King Institute of Preventive Medicine Micro-Biological Section reports 1909-11
Year: 1909
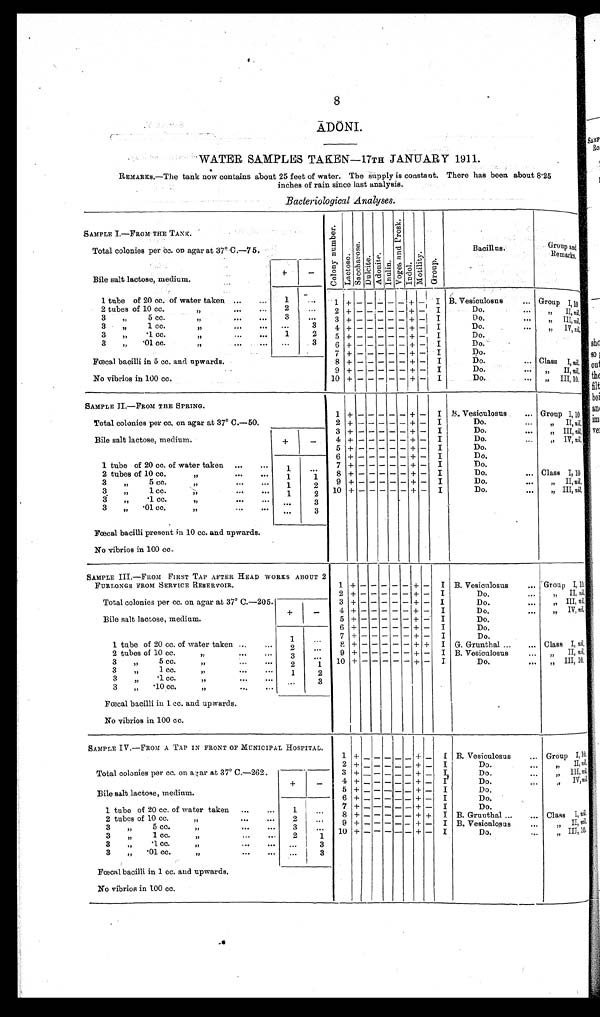
8
ĀDŌNI.
WATER SAMPLES TAKEN—17TH JANUARY 1911.
REMARKS.—The tank now contains about 25 feet of water. The supply is constant. There has been about 8.25
inches of rain since last analysis.
Bacteriological Analyses.
SAMPLE I.—FROM THE TANK.
C o l o n y n u m b e r .
Lact ose.Saccharose. Dulcite.Adoni t e.Inulin. V o g e s a n d P r o s k . Indol.Moti l i ty.Group.
Bacillus.
Group and
Remarks.
Total colonies per cc. on agar at 37° C.—75.
Bile salt lactose, medium.
+
−
1 tube of 20 cc. of water taken
1
1 + − − − − − + −
I B. Vesiculosus
Group I, 10
2 tubes of 10 cc. „
2
2 + − − − − − + −
I
Do.
„ II, nil.
3 „ 5 cc. „
3
3 + − − − − − + −
I
Do.
„ III nil.
3 „ 1 cc. „
3
4 + − − − − − + −
I
Do.
„ IV
nil.
3 „ .1 cc. „
1
2
5 + − − − − − + −
I
Do.
3 „ .01 cc. „
3
6 + − − − − − + −
I
Do.
7 + − − − − − + −
I
Do.
Fœcal bacilli in 5 cc. and upwards.
8 + − − − − − + −
I
Do.
Class I, nil.
9 + − − − − − + −
I
Do.
„ II, nil.
No vibrios in 100 cc.
10 +
− −
− − −
+ −
I
Do.
„ III, 10.
SAMPLE II.—FROM THE SPRING.
1
+ −
− − − −
+ −
I B. Vesiculosus
Group I,10
Total colonies per cc. on agar at 37° C.—50.
2 + − − − − − + −
I
Do.
„ II, nil.
3 + − − − − − + −
I
Do.
„ III, nil.
Bile salt lactose, medium.
+
−
4 + − − − − − + −
I
Do.
„ IV, nil.
5 + − − − − − + −
I
Do.
6 + − − − − − + −
I
Do.
1 tube of 20 cc. of water taken
1
7 + − − − − − + −
I
Do.
2 tubes of 10 cc. „
1
1
8 + − − − − − + −
I
Do.
Class I, 10
3 „ 5 cc. „
1
2
9 + − − − − − + −
I
Do.
„ II, nil.
3 „ 1 c c . „
1
2
10 + − − − − − + −
I
Do.
„ III, nil.
3 „ .1 cc. „
3
3 „ .01 cc. „
3
Fœcal bacilli present in 10 cc. and upwards.
No vibrios in 100 cc.
SAMPLE III.—FROM FIRST TAP AFTER HEAD WORKS
ABOUT 2 FURLONGS FROM SERVICE RESERVOIR.
1 +
− − − − − +
−
I B. Vesiculosus
Group I, 10.
2 +− − − − − + −
I
Do.
„ II, nil.
Total colonies per cc. on agar at 37° C.—205.
3 +− − − − − + −
I
Do.
„ III, nil.
+
−
4 + − − − − − + −
I
Do.
„ IV nil.
Bile salt lactose, medium.
5 +− − − − − + −
I
Do.
6 +− − − − − + −
I
Do.
1 tube of 20 cc. of water taken
1
7 +− − − − − + −
I
Do.
2 tubes of 10 cc. „
2
8 +− − − − − + +
I G. Grunthal
Class I, nil .
3 „ 5 cc. „
3
9 +− − − − − + −
I B. Vesiculosus
„ II, nil.
3 „ 1 cc. „
2
1
10 + − − − − − + −
I
Do.
„ III, 10.
3 „ .1 cc. „
1
2
3 „ .10 cc. „
3
Fœcal bacilli in 1 cc. and upwards.
No vibrios in 100 cc.
SAMPLE IV.—FROM A TAP IN FRONT OF MUNICIPAL HOSPITAL.
1
+ − −
−
− − + −
I
B. Vesiculosus
Group I,10.
2 + − −
− − − + −
I
Do.
„ II, nil.
Total colonies per cc. on agar at 37° C.—262.
3 + − − − − − + −
I
Do.
„ III, nil.
+
−
4 + − − − − − + −
I
Do.
„ IV, nil.
Bile salt lactose, medium.
5 + − − − − − + −
I
Do.
6 + − −
− − − + −
I
Do.
1 tube of 20 cc. of water taken
1
7 + − −
− − − + −
I
Do.
2 t u b e s o f 1 0 c c . „
2
8 + − − − − − + +
I B. Grunthal
Class I, nil.
3 „ 5 cc. „
3
9 + − −
− − − + −
I B. Vesiculosus
„ II, ni l
.
3 „ 1 c c . „
2
1
10 + − − − − − + −
I
Do.
„ III, 10.
3 „ . 1 c c . „
3
3 „ .01 cc. „
3
Fœcal bacilli in 1 cc. and upwards.
No vibrios in 100 cc.